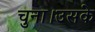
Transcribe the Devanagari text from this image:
चुना।उसके